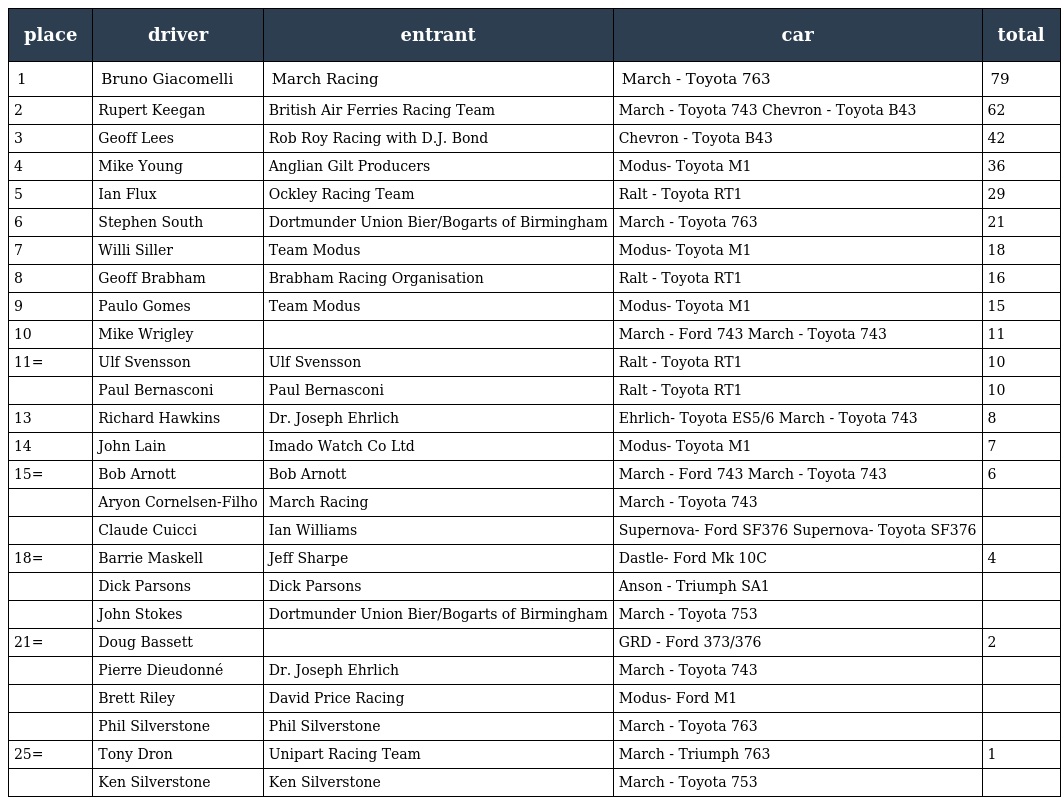
| place | driver | entrant | car | total |
 | --- | --- | --- | --- | --- |
 | 1 | Bruno Giacomelli | March Racing | March - Toyota 763 | 79 |
 | 2 | Rupert Keegan | British Air Ferries Racing Team | March - Toyota 743 Chevron - Toyota B43 | 62 |
 | 3 | Geoff Lees | Rob Roy Racing with D.J. Bond | Chevron - Toyota B43 | 42 |
 | 4 | Mike Young | Anglian Gilt Producers | Modus- Toyota M1 | 36 |
 | 5 | Ian Flux | Ockley Racing Team | Ralt - Toyota RT1 | 29 |
 | 6 | Stephen South | Dortmunder Union Bier/Bogarts of Birmingham | March - Toyota 763 | 21 |
 | 7 | Willi Siller | Team Modus | Modus- Toyota M1 | 18 |
 | 8 | Geoff Brabham | Brabham Racing Organisation | Ralt - Toyota RT1 | 16 |
 | 9 | Paulo Gomes | Team Modus | Modus- Toyota M1 | 15 |
 | 10 | Mike Wrigley |  | March - Ford 743 March - Toyota 743 | 11 |
 | 11= | Ulf Svensson | Ulf Svensson | Ralt - Toyota RT1 | 10 |
 |  | Paul Bernasconi | Paul Bernasconi | Ralt - Toyota RT1 | 10 |
 | 13 | Richard Hawkins | Dr. Joseph Ehrlich | Ehrlich- Toyota ES5/6 March - Toyota 743 | 8 |
 | 14 | John Lain | Imado Watch Co Ltd | Modus- Toyota M1 | 7 |
 | 15= | Bob Arnott | Bob Arnott | March - Ford 743 March - Toyota 743 | 6 |
 |  | Aryon Cornelsen-Filho | March Racing | March - Toyota 743 |  |
 |  | Claude Cuicci | Ian Williams | Supernova- Ford SF376 Supernova- Toyota SF376 |  |
 | 18= | Barrie Maskell | Jeff Sharpe | Dastle- Ford Mk 10C | 4 |
 |  | Dick Parsons | Dick Parsons | Anson - Triumph SA1 |  |
 |  | John Stokes | Dortmunder Union Bier/Bogarts of Birmingham | March - Toyota 753 |  |
 | 21= | Doug Bassett |  | GRD - Ford 373/376 | 2 |
 |  | Pierre Dieudonné | Dr. Joseph Ehrlich | March - Toyota 743 |  |
 |  | Brett Riley | David Price Racing | Modus- Ford M1 |  |
 |  | Phil Silverstone | Phil Silverstone | March - Toyota 763 |  |
 | 25= | Tony Dron | Unipart Racing Team | March - Triumph 763 | 1 |
 |  | Ken Silverstone | Ken Silverstone | March - Toyota 753 |  |